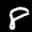
Label: 8